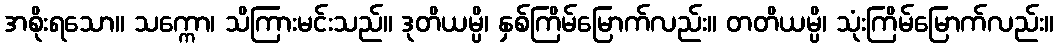
အစိုးရသော။ သက္ကော၊ သိကြားမင်းသည်။ ဒုတိယမ္ပိ၊ နှစ်ကြိမ်မြောက်လည်း။ တတိယမ္ပိ၊ သုံးကြိမ်မြောက်လည်း။